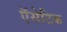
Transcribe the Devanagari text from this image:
ऍसेटिक